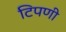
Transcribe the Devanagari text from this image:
टिपणी